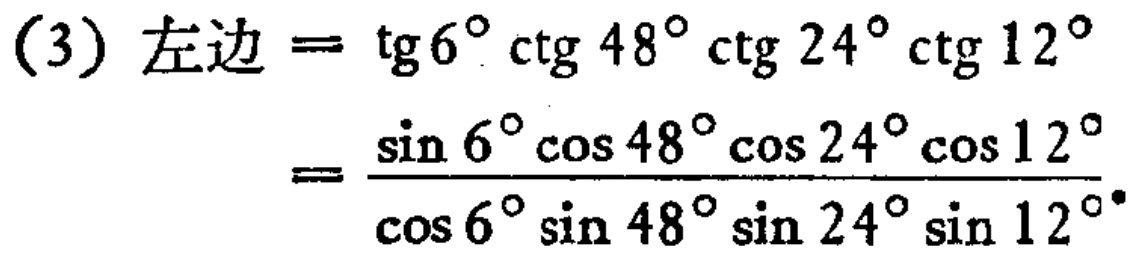
\[

\begin{align*}

(3)\ 左边&=\mathrm{tg}6^{\circ}\mathrm{ctg}48^{\circ}\mathrm{ctg}24^{\circ}\mathrm{ctg}12^{\circ}\\

&=\frac{\sin 6^{\circ}\cos 48^{\circ}\cos 24^{\circ}\cos 12^{\circ}}{\cos 6^{\circ}\sin 48^{\circ}\sin 24^{\circ}\sin 12^{\circ}}

\end{align*}

\]